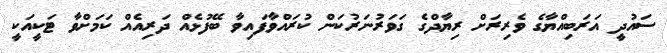
ސައުދީ އަރަބިއްޔާގެ ވެރިރަށް ރިޔާދްގެ ގަވަރުނަރުކަން ކުރައްވާފައިވާ ބޭފުޅެއް ދަރިއެއް ކަމަށްވާ ޓަކީއަކީ